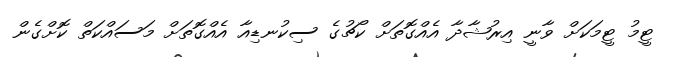
ޓީމު ޓީމަކަށް ވާނީ އިރުޝާދާ އެއްގޮތަށް ކޯޗުގެ ސިކުނޑިއާ އެއްގޮތަށް މަސައްކަތް ކޮށްގެން